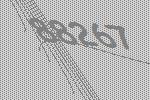
88267